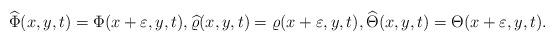
LaTeX: \begin{align*}\widehat\Phi(x,y,t)=\Phi(x+\varepsilon,y,t),\widehat\varrho(x,y,t)=\varrho(x+\varepsilon,y,t),\widehat\Theta(x,y,t)=\Theta(x+\varepsilon,y,t).\end{align*}